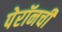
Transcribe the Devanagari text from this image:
पेरॉनची